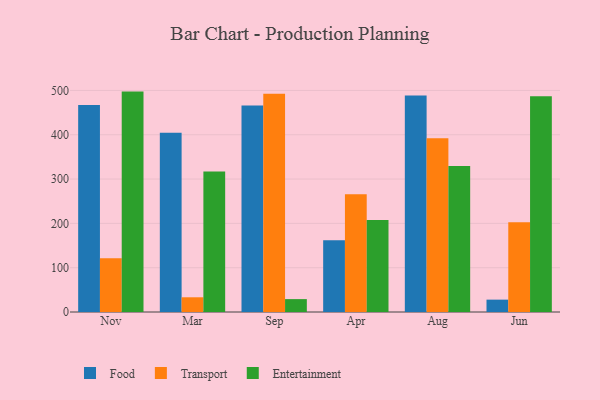
{"axis": {"x": "Month", "y": "Tickets Resolved"}, "legend": ["Entertainment", "Food", "Transport"], "data": [{"x": "Nov", "y": 466.9, "type": "Food"}, {"x": "Nov", "y": 121.3, "type": "Transport"}, {"x": "Nov", "y": 497.4, "type": "Entertainment"}, {"x": "Mar", "y": 404.7, "type": "Food"}, {"x": "Mar", "y": 33.2, "type": "Transport"}, {"x": "Mar", "y": 317.0, "type": "Entertainment"}, {"x": "Sep", "y": 465.8, "type": "Food"}, {"x": "Sep", "y": 492.4, "type": "Transport"}, {"x": "Sep", "y": 29.1, "type": "Entertainment"}, {"x": "Apr", "y": 162.2, "type": "Food"}, {"x": "Apr", "y": 265.5, "type": "Transport"}, {"x": "Apr", "y": 207.6, "type": "Entertainment"}, {"x": "Aug", "y": 488.8, "type": "Food"}, {"x": "Aug", "y": 391.9, "type": "Transport"}, {"x": "Aug", "y": 329.5, "type": "Entertainment"}, {"x": "Jun", "y": 27.9, "type": "Food"}, {"x": "Jun", "y": 202.4, "type": "Transport"}, {"x": "Jun", "y": 486.8, "type": "Entertainment"}]}